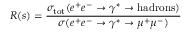
R ( s ) = \frac { \sigma _ { \mathrm { t o t } } ( e ^ { + } e ^ { - } \rightarrow \gamma ^ { * } \rightarrow \mathrm { h a d r o n s } ) } { \sigma ( e ^ { + } e ^ { - } \rightarrow \gamma ^ { * } \rightarrow \mu ^ { + } \mu ^ { - } ) }